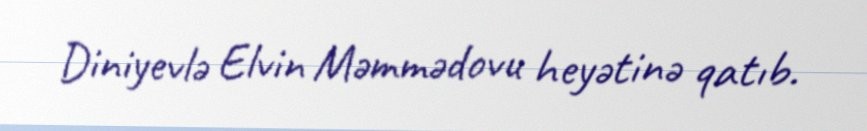
Diniyevlə Elvin Məmmədovu heyətinə qatıb.